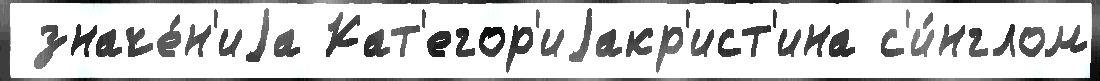
 значе́н'иjа Кат'егор'иjакр'ист'ина с'и́нглом